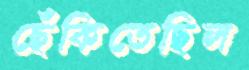
ছেঁকিতেছিল